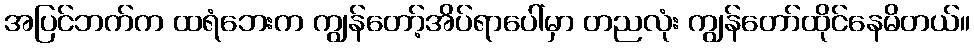
အပြင်ဘက်က ထရံဘေးက ကျွန်တော့်အိပ်ရာပေါ်မှာ တညလုံး ကျွန်တော်ထိုင်နေမိတယ်။